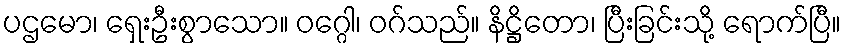
ပဌမော၊ ရှေးဦးစွာသော။ ဝဂ္ဂေါ၊ ဝဂ်သည်။ နိဋ္ဌိတော၊ ပြီးခြင်းသို့ ရောက်ပြီ။